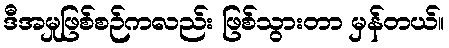
ဒီအမှုဖြစ်စဉ်ကလည်း ဖြစ်သွားတာ မှန်တယ်။